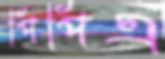
পিপিএ